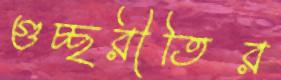
গুচ্ছরীতির